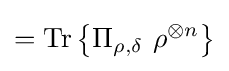
={\text{Tr}}\left\{\Pi _{\rho ,\delta }\ \rho ^{\otimes n}\right\}